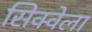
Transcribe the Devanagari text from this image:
सिक्वेला